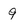
Character: 9